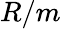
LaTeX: R/m